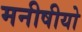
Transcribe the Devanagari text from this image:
मनीषीयो